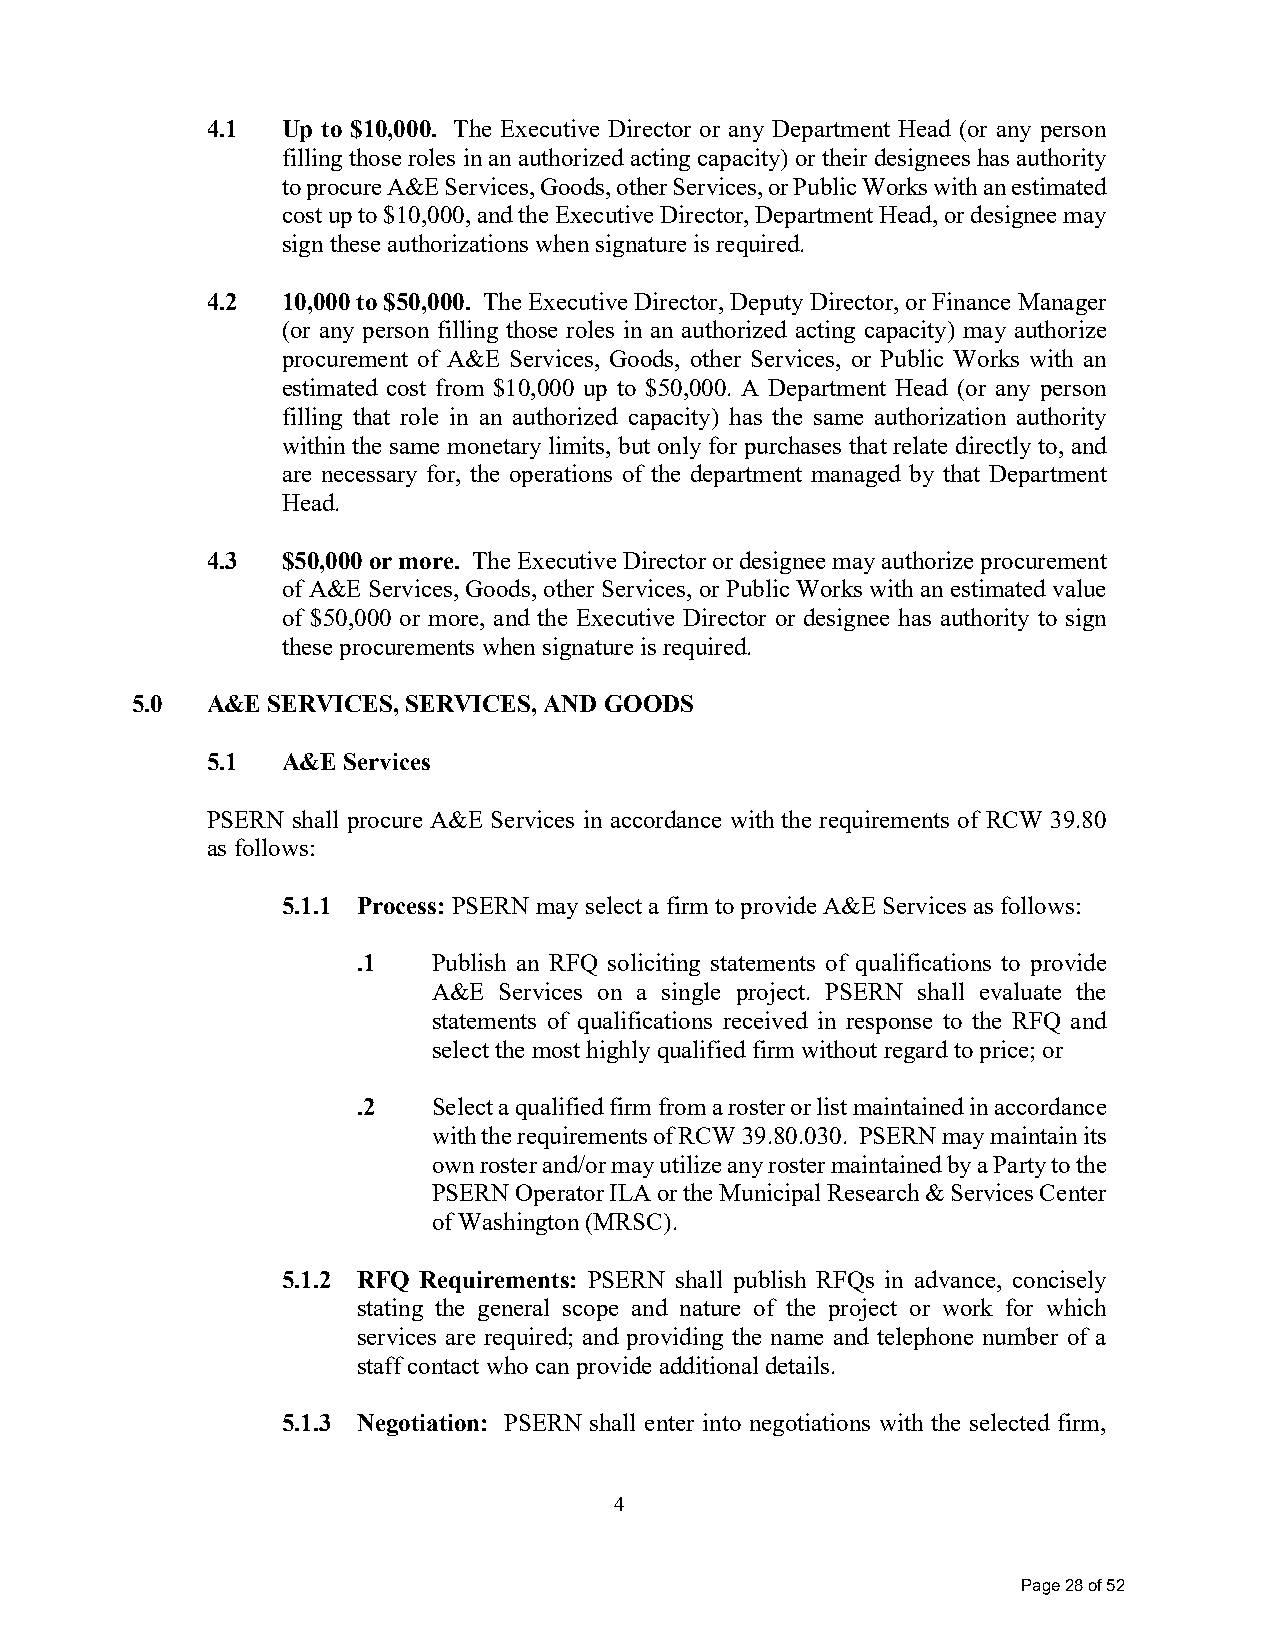
4.1  Up to $10,000. The Executive Director or any Department Head (or any person
 filling those roles in an authorized acting capacity) or their designees has authority
 to procure A&E Services, Goods, other Services, or Public Works with an estimated
 cost up to $10,000, and the Executive Director, Department Head, or designee may
 sign these authorizations when signature is required.
 4.2  10,000 to $50,000. The Executive Director, Deputy Director, or Finance Manager
 (or any person filling those roles in an authorized acting capacity) may authorize
 procurement of A&E Services, Goods, other Services, or Public Works with an
 estimated cost from $10,000 up to $50,000. A Department Head (or any person
 filling that role in an authorized capacity) has the same authorization authority
 within the same monetary limits, but only for purchases that relate directly to, and
 are necessary for, the operations of the department managed by that Department
 Head.
 4.3  $50,000 or more. The Executive Director or designee may authorize procurement
 of A&E Services, Goods, other Services, or Public Works with an estimated value
 of $50,000 or more, and the Executive Director or designee has authority to sign
 these procurements when signature is required.
 5.0  A&E SERVICES, SERVICES, AND GOODS
 5.1  A&E Services
 PSERN shall procure A&E Services in accordance with the requirements of RCW 39.80
 as follows:
 5.1.1 Process: PSERN may select a firm to provide A&E Services as follows:
 .1   Publish an RFQ soliciting statements of qualifications to provide
 A&E Services on a single project. PSERN shall evaluate the
 statements of qualifications received in response to the RFQ and
 select the most highly qualified firm without regard to price; or
 .2   Select a qualified firm from a roster or list maintained in accordance
 with the requirements of RCW 39.80.030. PSERN may maintain its
 own roster and/or may utilize any roster maintained by a Party to the
 PSERN Operator ILA or the Municipal Research & Services Center
 of Washington (MRSC).
 5.1.2 RFQ Requirements: PSERN shall publish RFQs in advance, concisely
 stating the general scope and nature of the project or work for which
 services are required; and providing the name and telephone number of a
 staff contact who can provide additional details.
 5.1.3 Negotiation: PSERN shall enter into negotiations with the selected firm,
 4
 Page 28 of 52